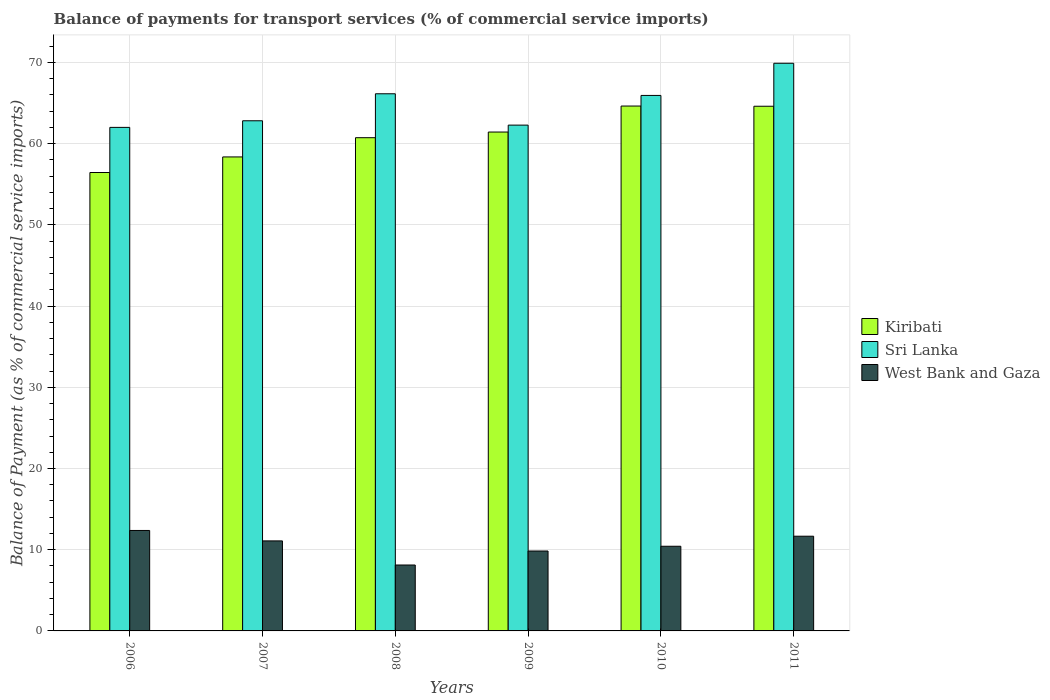
| Years | Kiribati | Sri Lanka | West Bank and Gaza |
 | --- | --- | --- | --- |
 | 2006 | 56.5 | 62 | 12.4 |
 | 2007 | 58.4 | 62.8 | 11.1 |
 | 2008 | 60.7 | 66.1 | 8.12 |
 | 2009 | 61.4 | 62.3 | 9.84 |
 | 2010 | 64.6 | 65.9 | 10.4 |
 | 2011 | 64.6 | 69.9 | 11.7 |